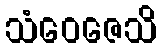
သံဝေဇေသိ